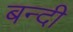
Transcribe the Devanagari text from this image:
बन्‍दी